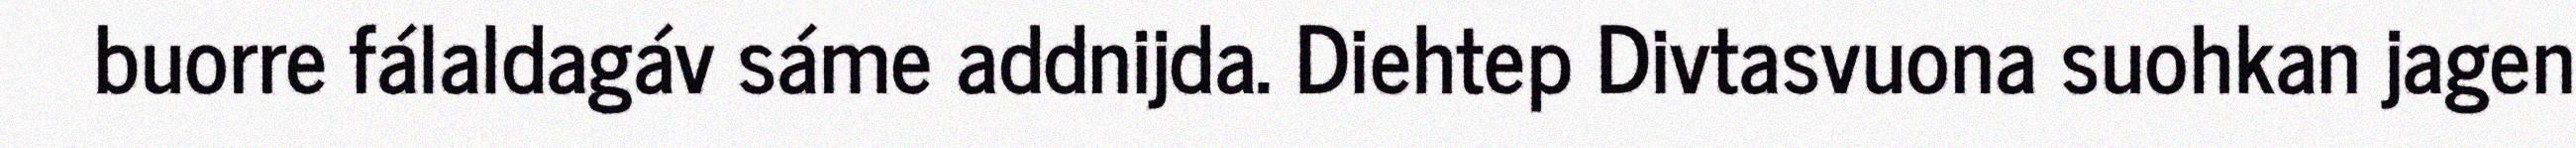
buorre fálaldagáv sáme addnijda. Diehtep Divtasvuona suohkan jagen